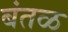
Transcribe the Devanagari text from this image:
बंतळ